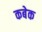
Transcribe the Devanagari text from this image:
कबेक